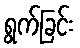
ရွက်ခြင်း